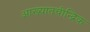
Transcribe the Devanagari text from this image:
आख्यातचीन्द्रिक